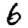
Digit: 6